Annual administration report of the Civil Veterinary Department of India - 1897-1898
Year: 1897
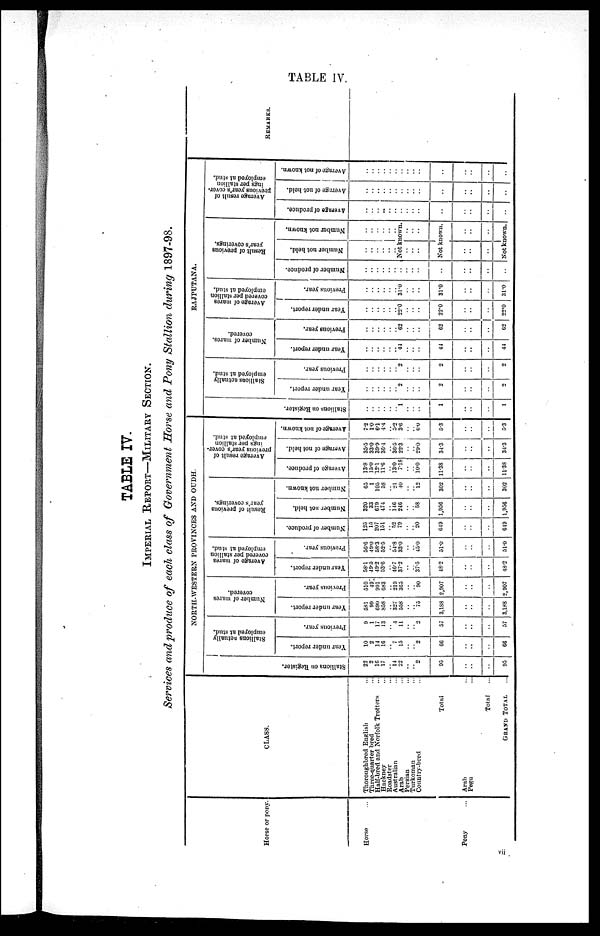
TABLE IV.
TABLE IV.
IMPERIAL REPORT—MILITARY SECTION.
Services and produce of each class of Government Horse and Pony Stallion during 1897-98.
Horse or pony.
Horse
Pony ...
CLASS.
Thoroughbred English ...
Three-quarter bred ...
Half-bred and Norfolk Trotters ...
Hackney ...
Roadster ...
Australian ...
Arab ...
Persian ...
Turkoman ...
Country-bred ...
Total
Arab ...
Pegu ...
Total ...
GRAND TOTAL ...
NORTH-WESTERN PROVINCES AND OUDH.
Stallions on Regi s t
er .
22
2
16
17
..
14
22
..
..
2
93
..
..
..
95
Stallions actually
employed at stud.
Year under report.
10
2
14
16
..
7
15
..
..
2
66
..
..
..
66
Previous year.
9
1
17
13
..
4
11
..
..
2
57
..
..
..
57
Number of mares
covered.
Year under report.
581
99
690
858
..
327
55S
..
..
75
3,188
..
..
..
3.188
Previous year.
510
49
991
G83
..
219
365
..
..
90
2,907
..
..
..
2,907
Average of mares
covered per stallion
employed at stud.
Year under report.
58.1
49.5
49.2
53.6
..
46.7
37.2
..
..
37.5
48.2
..
..
..
48.2
Previous year.
56.6
49.0
58.3
52.5
..
54.8
33.0
..
..
45.0
51.0
..
..
..
51.0
Result of previous
year's coverings.
Number of produce.
125
15
207
151
..
52
79
..
..
20
649
..
..
..
649
Number not held.
320
33
679
474
..
146
246
..
..
58
1,956
..
..
..
1,956
Number not known.
65
1
105
58
..
21
40
..
..
12
302
..
..
..
302
Average result of
previous year's cover-
ings per stallion
employed at stud.
Average of produce.
13.8
15.0
12.1
11.6
..
13.0
7.18
..
..
10.0
11.38
..
..
..
11.38
Average of not held.
35.5
33.0
39.9
36.4
..
36.5
22.3
..
..
29.0
34.3
..
..
..
34.3
Average of not known.
7.2
1.0
6.1
4.4
..
5.2
3.6
..
..
6.0
5.3
..
..
..
5.3
RAJPUTANA.
Stallions actually
employed at stud.
Stallions on Register.
..
..
..
..
..
1
..
..
..
1
..
..
..
1
Year under report.
..
..
..
..
..
2
..
..
..
2
..
..
..
2
Previous year.
..
..
..
..
..
2
..
..
..
2
..
..
..
2
Number of mares.
covered.
Year under report.
..
..
..
..
..
44
..
..
..
44
..
..
..
44
Previous year.
..
..
..
..
..
62
..
..
..
62
..
..
..
62
Average of mares
covered per stallion
employed at stud.
Year under report.
..
..
..
..
..
22.0
..
..
..
22.0
..
..
..
22.0
Previous year.
..
..
..
..
..
31.0
..
..
..
31.0
..
..
..
31.0
Result of previous
year's coverings.
Number of produce.
..
..
..
..
..
..
..
..
..
..
..
..
..
Number not held.
..
..
..
..
..
Number not known.
..
..
..
..
..
Not known.
..
..
..
..
..
..
Not known.
..
..
..
..
..
..
Not known.
Average result of
previous year's cover.
ings per stallion
employed at stud.
Average of produce.
..
..
..
..
..
..
..
..
..
..
..
..
..
Average of not held.
..
..
..
..
..
..
..
..
..
..
..
..
..
Average of not known.
..
..
..
..
..
..
..
..
..
..
..
..
..
REMARKS.
vii